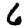
Digit: 6